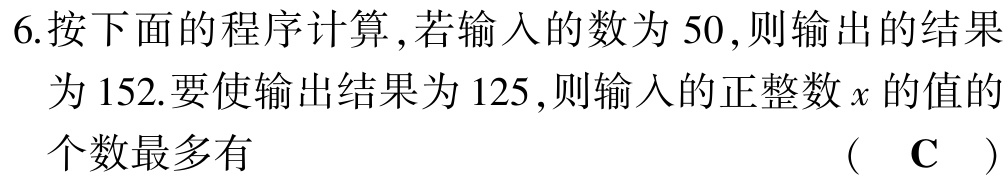
6.按下面的程序计算 ,若输入的数为 50,则输出的结果为 152.要使输出结果为 125,则输入的正整数\(x\)的值的个数最多有  （  C  ）